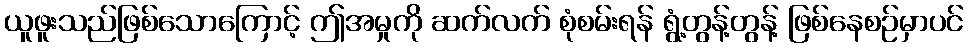
ယူဖူးသည်ဖြစ်သောကြောင့် ဤအမှုကို ဆက်လက် စုံစမ်းရန် ရွံ့တွန့်တွန့် ဖြစ်နေစဉ်မှာပင်